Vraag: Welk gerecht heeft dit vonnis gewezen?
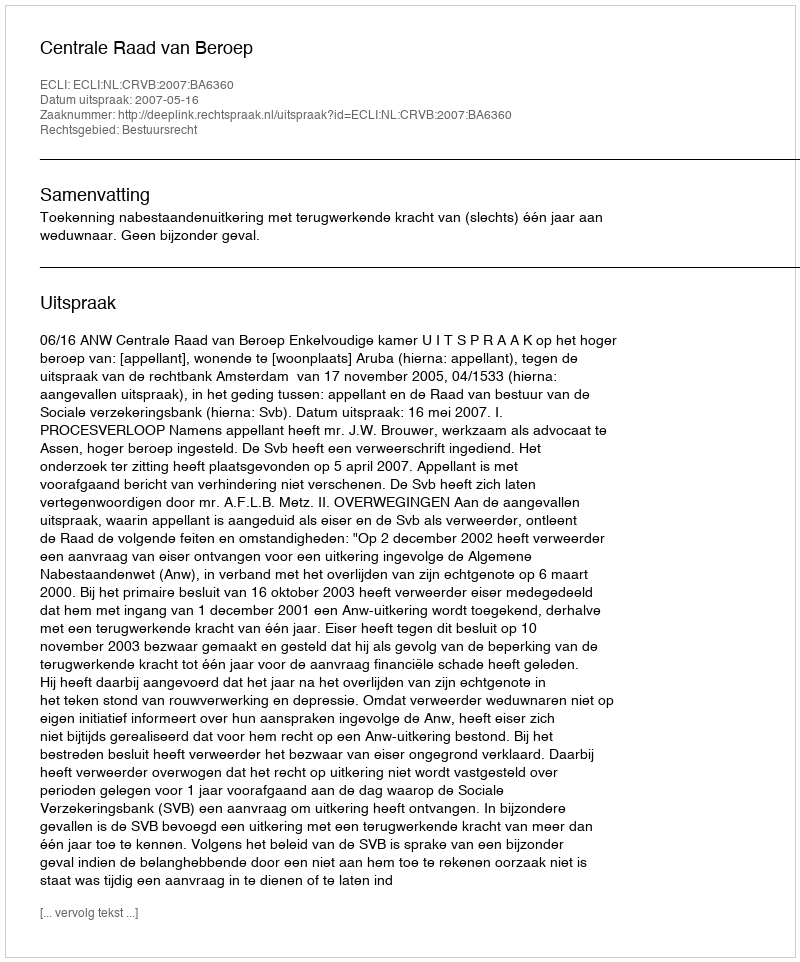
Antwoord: Centrale Raad van Beroep